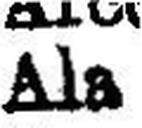
Ala